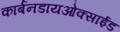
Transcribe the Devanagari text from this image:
कार्बनडायओक्साईड